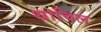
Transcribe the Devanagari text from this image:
थाविल